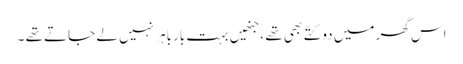
اس گھر میں دو کتّے بھی تھے ،جنھیں بہت بارباہر نہیں لے جاتے تھے ۔